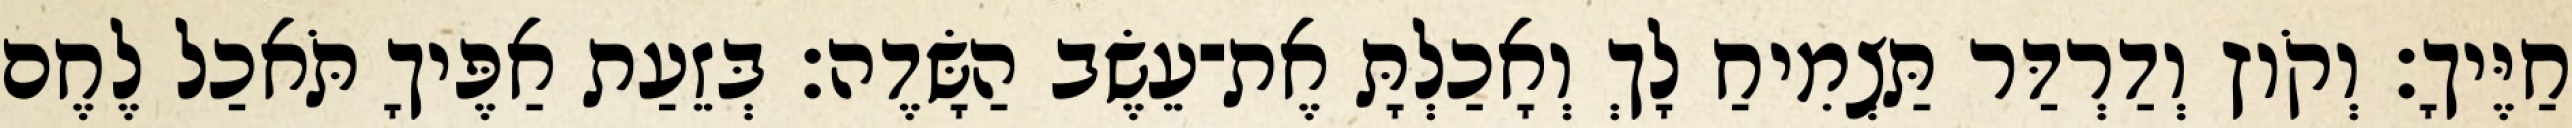
חַיֶּיךָ׃ וְקֹוץ וְדַרְדַּר תַּצְמִיחַ לָךְ וְאָכַלְתָּ אֶת־עֵשֶׂב הַשָּׂדֶה׃ בְּזֵעַת אַפֶּיךָ תֹּאכַל לֶחֶם